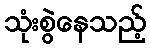
သုံးစွဲနေသည့်